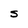
Character: S